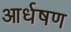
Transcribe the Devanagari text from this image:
आर्धषण